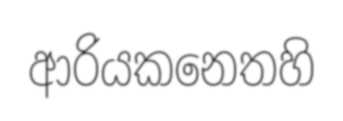
ආරියකනෙතහි